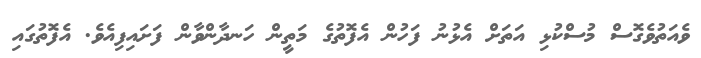
ވެއަތުވެގޮސް މުސްކުޅި އަތަށް އެޅުނު ފަހުން އެފޮތުގެ މަތީން ހަނދާންވާން ފަށައިފިއެވެ. އެފޮތުގައި